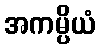
အကမ္ပိယံ